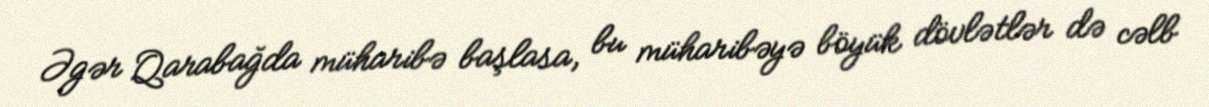
Əgər Qarabağda müharibə başlasa, bu müharibəyə böyük dövlətlər də cəlb